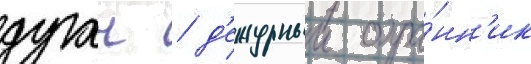
дуган / д'ежурныи охра́нн'ик